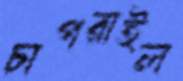
চাপরাইল